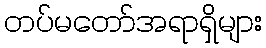
တပ်မတော်အရာရှိများ